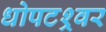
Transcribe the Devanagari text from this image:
धोपटश्र्वर